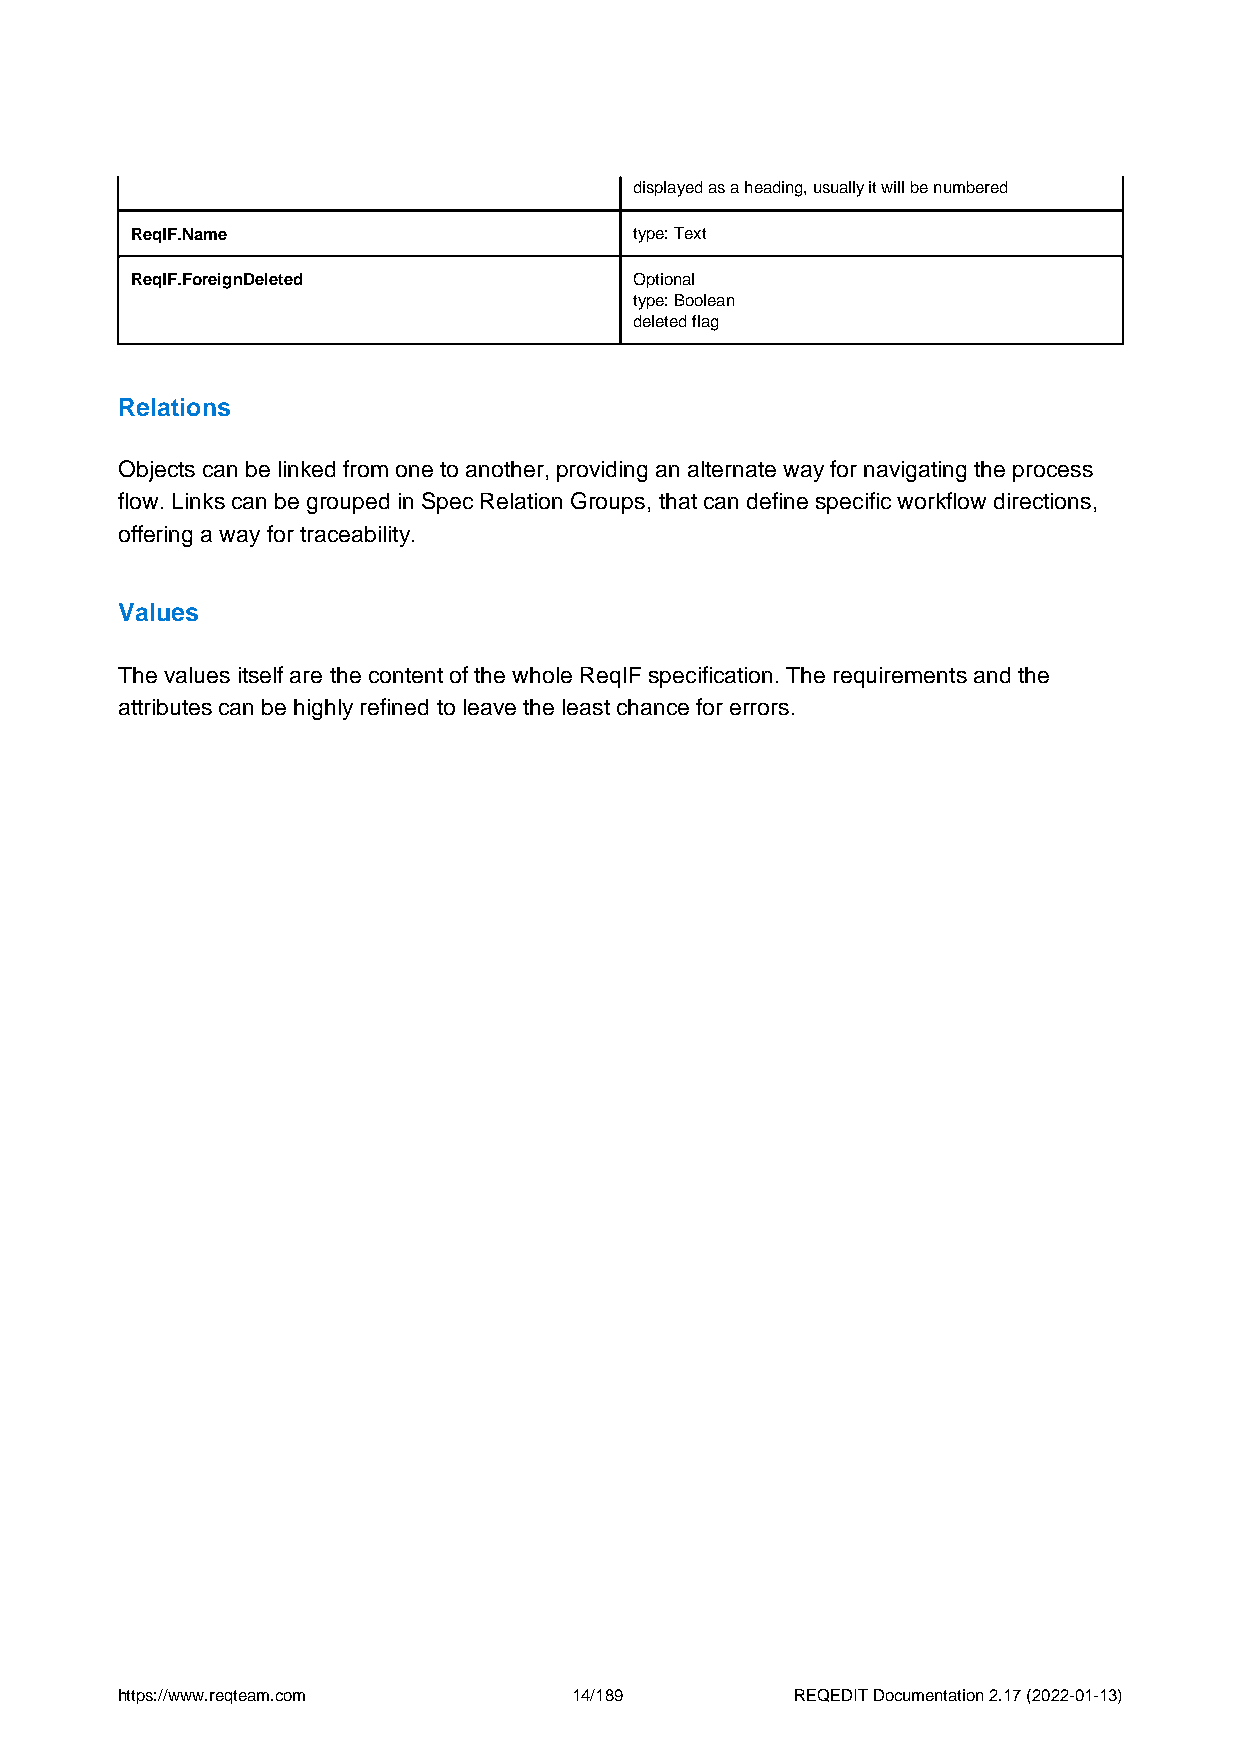
displayed as a heading, usually it will be numbered
 ReqIF.Name                       type: Text
 ReqIF.ForeignDeleted             Optional
 type: Boolean
 deleted flag
 Relations
 Objects can be linked from one to another, providing an alternate way for navigating the process
 flow. Links can be grouped in Spec Relation Groups, that can define specific workflow directions,
 offering a way for traceability.
 Values
 The values itself are the content of the whole ReqIF specification. The requirements and the
 attributes can be highly refined to leave the least chance for errors.
 https://www.reqteam.com       14/189         REQEDIT Documentation 2.17 (2022-01-13)